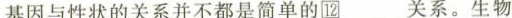
基因与性状的关系并不都是简单的圆___关系。生物